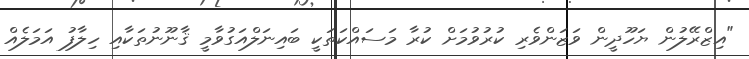
"އިޒްރޭލުން ޔަހޫދީން ވަޒަންވެރި ކުރުވުމަށް ކުރާ މަސައްކަތަކީ ބައިނަލްއަގުވާމީ ޤާނޫނުތަކާއި ހިލާފު އަމަލެއް